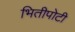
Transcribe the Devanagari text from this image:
भितीपोटी